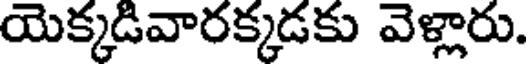
యెక్కడివారక్కడకు వెళ్లారు.